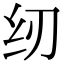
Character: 纫